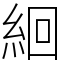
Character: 絗